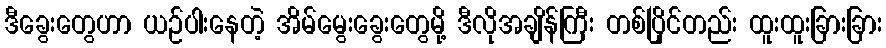
ဒီခွေးတွေဟာ ယဉ်ပါးနေတဲ့ အိမ်မွေးခွေးတွေမို့ ဒီလိုအချိန်ကြီး တစ်ပြိုင်တည်း ထူးထူးခြားခြား